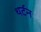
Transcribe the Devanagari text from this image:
थर्टन